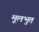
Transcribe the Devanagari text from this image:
मूलभुत